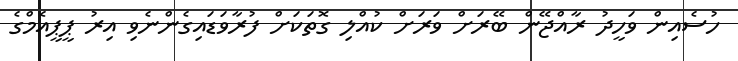
ހުސެއިން ވަހީދު ރާއްޖޭން ބޭރަށް ވަރަށް ކުއްލި ގޮތަކަށް ފުރާވަޑައިގެންނެވި އިރު ޕީޕީއެމްގެ